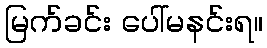
မြက်ခင်း ပေါ်မနင်းရ။